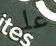
على